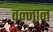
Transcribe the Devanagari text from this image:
वन्नान